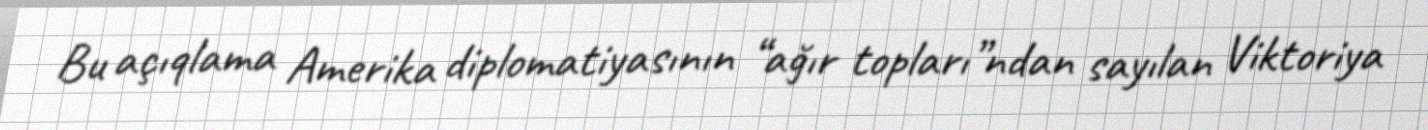
Bu açıqlama Amerika diplomatiyasının “ağır topları”ndan sayılan Viktoriya